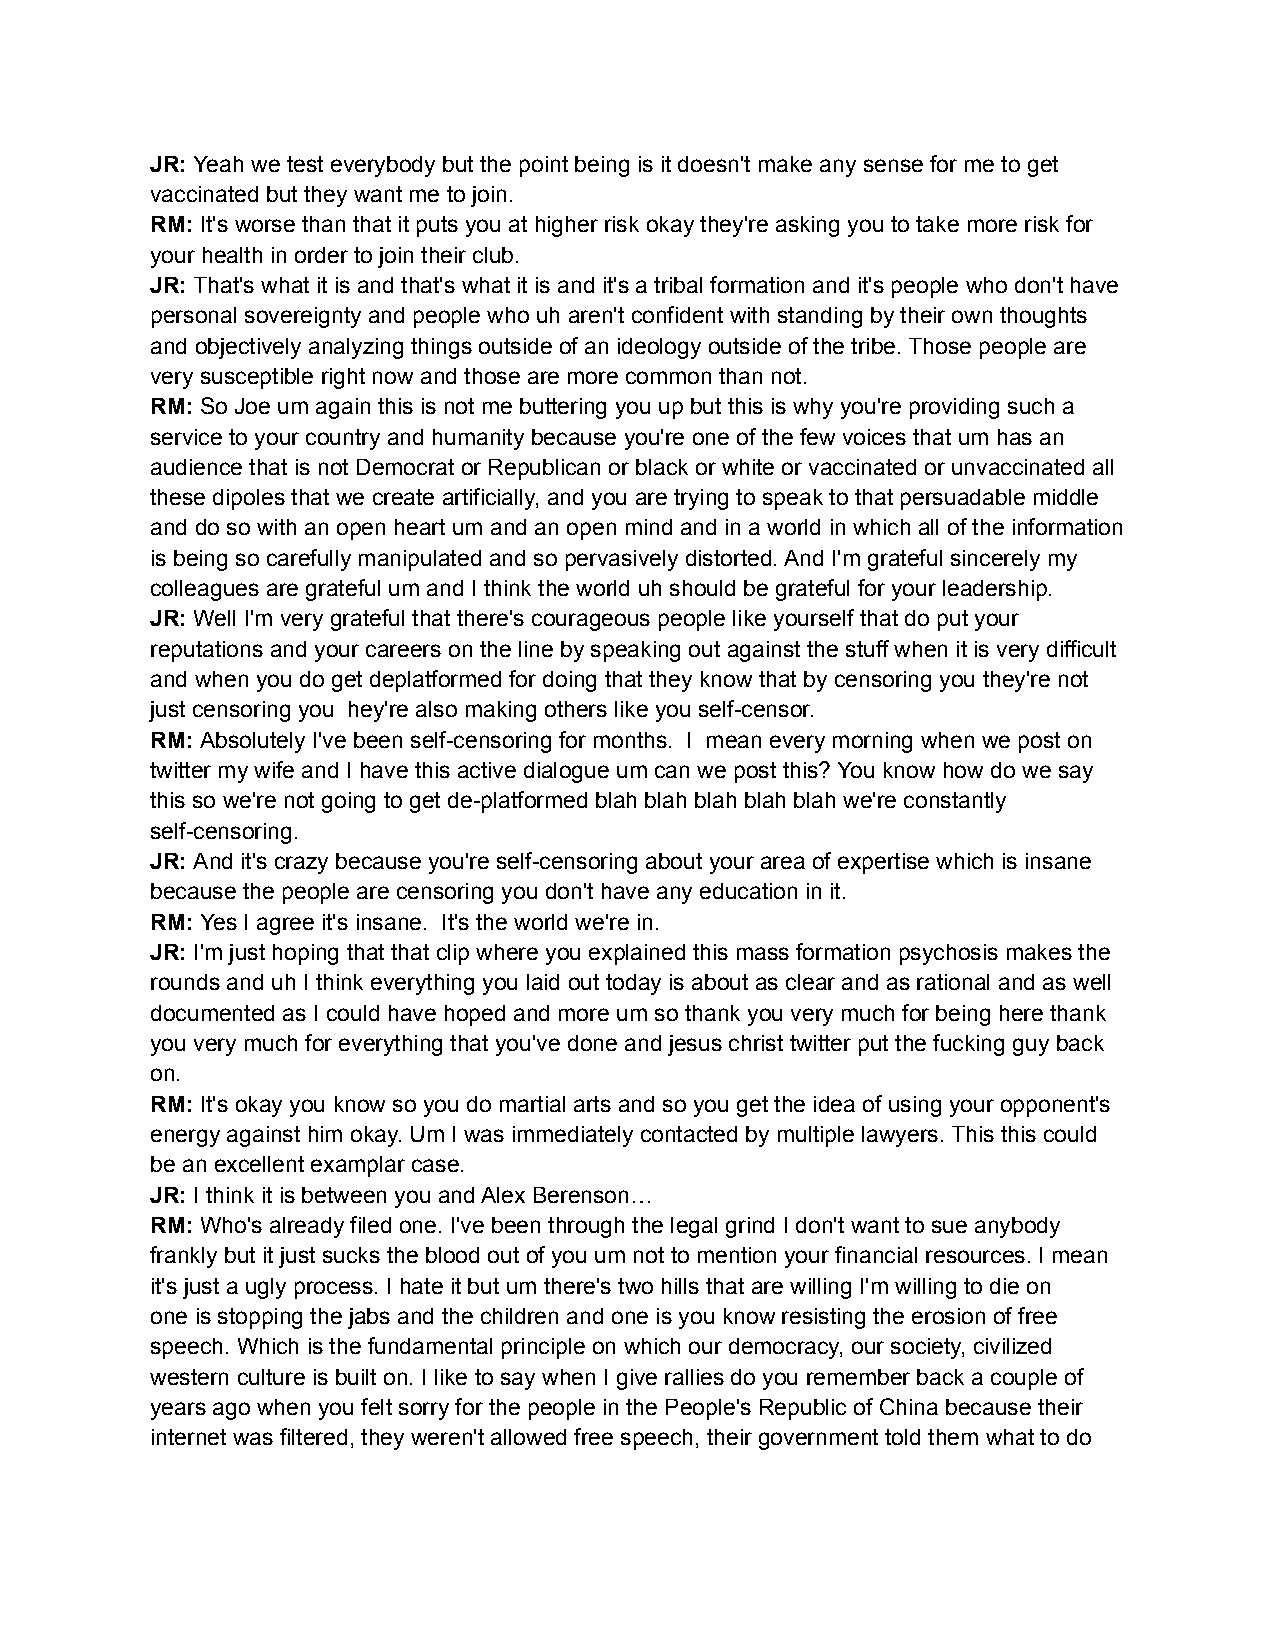
JR: Yeah we test everybody but the point being is it doesn't make any sense for me to get
 vaccinated but they want me to join.
 RM: It's worse than that it puts you at higher risk okay they're asking you to take more risk for
 your health in order to join their club.
 JR: That's what it is and that's what it is and it's a tribal formation and it's people who don't have
 personal sovereignty and people who uh aren't confident with standing by their own thoughts
 and objectively analyzing things outside of an ideology outside of the tribe. Those people are
 very susceptible right now and those are more common than not.
 RM: So Joe um again this is not me buttering you up but this is why you're providing such a
 service to your country and humanity because you're one of the few voices that um has an
 audience that is not Democrat or Republican or black or white or vaccinated or unvaccinated all
 these dipoles that we create artificially, and you are trying to speak to that persuadable middle
 and do so with an open heart um and an open mind and in a world in which all of the information
 is being so carefully manipulated and so pervasively distorted. And I'm grateful sincerely my
 colleagues are grateful um and I think the world uh should be grateful for your leadership.
 JR: Well I'm very grateful that there's courageous people like yourself that do put your
 reputations and your careers on the line by speaking out against the stuff when it is very difficult
 and when you do get deplatformed for doing that they know that by censoring you they're not
 just censoring you hey're also making others like you self-censor.
 RM: Absolutely I've been self-censoring for months. I mean every morning when we post on
 twitter my wife and I have this active dialogue um can we post this? You know how do we say
 this so we're not going to get de-platformed blah blah blah blah blah we're constantly
 self-censoring.
 JR: And it's crazy because you're self-censoring about your area of expertise which is insane
 because the people are censoring you don't have any education in it.
 RM: Yes I agree it's insane. It's the world we're in.
 JR: I'm just hoping that that clip where you explained this mass formation psychosis makes the
 rounds and uh I think everything you laid out today is about as clear and as rational and as well
 documented as I could have hoped and more um so thank you very much for being here thank
 you very much for everything that you've done and jesus christ twitter put the fucking guy back
 on.
 RM: It's okay you know so you do martial arts and so you get the idea of using your opponent's
 energy against him okay. Um I was immediately contacted by multiple lawyers. This this could
 be an excellent examplar case.
 JR: I think it is between you and Alex Berenson…
 RM: Who's already filed one. I've been through the legal grind I don't want to sue anybody
 frankly but it just sucks the blood out of you um not to mention your financial resources. I mean
 it's just a ugly process. I hate it but um there's two hills that are willing I'm willing to die on
 one is stopping the jabs and the children and one is you know resisting the erosion of free
 speech. Which is the fundamental principle on which our democracy, our society, civilized
 western culture is built on. I like to say when I give rallies do you remember back a couple of
 years ago when you felt sorry for the people in the People's Republic of China because their
 internet was filtered, they weren't allowed free speech, their government told them what to do